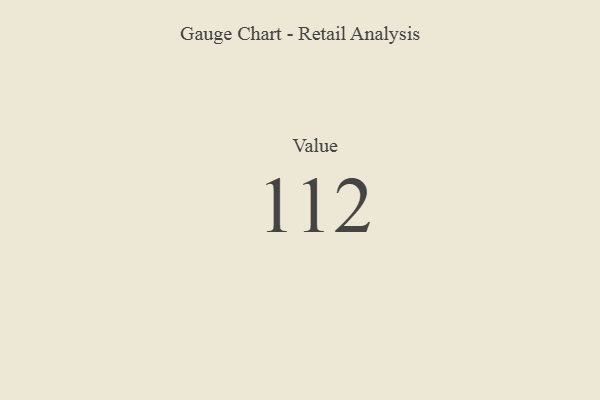
{"axis": {"x": "Metric", "y": "Value"}, "legend": [""], "data": [{"x": "Value", "y": 112, "type": ""}]}